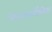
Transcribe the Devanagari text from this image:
मेटाफ़ार्मोसिस